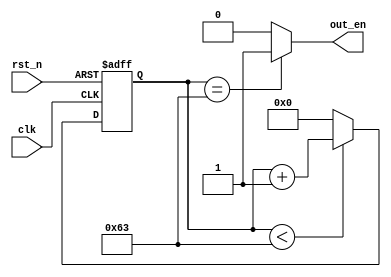
module counter #(
    parameter THRESHOLD = 100
) (
    input wire clk,
    input rst_n,  //inputreg
    output reg out_en  //alwaysreg
);

  localparam LOG_THRESHOLD = $clog2(THRESHOLD);

  reg [LOG_THRESHOLD - 1 : 0] counter;

  always @(posedge clk or negedge rst_n) begin
    if (rst_n)  //
      //
        if (counter < THRESHOLD - 1) counter <= counter + 1;  
      // counter LOG_THRESHOLD
      else counter <= {LOG_THRESHOLD{1'b0}};  
    else counter <= {LOG_THRESHOLD{1'b0}};  
  end

  always @(*) begin  //*
    if (counter == THRESHOLD - 1)  //==
      out_en = 1'b1;//
    else out_en = 1'b0;  //
  end


endmodule  //endmodule